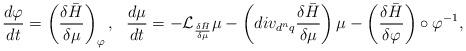
LaTeX: \begin{align*}\frac{d\varphi }{dt}=\left( \frac{\delta \bar{H}}{\delta \mu}\right)_{\varphi },\ \ \frac{d\mu }{dt}=-\mathcal{L}_{\frac{\delta \bar{H}}{\delta \mu }}\mu -\left( div_{d^{n}q}\frac{\delta \bar{H}}{\delta \mu }\right) \mu -\left( \frac{\delta \bar{H}}{\delta \varphi }\right)\circ \varphi ^{-1}, \end{align*}